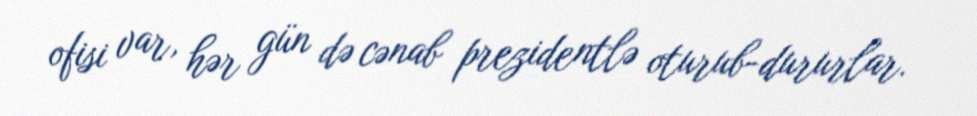
ofisi var, hər gün də cənab prezidentlə oturub-dururlar.